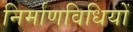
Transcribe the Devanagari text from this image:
निर्माणविधियों